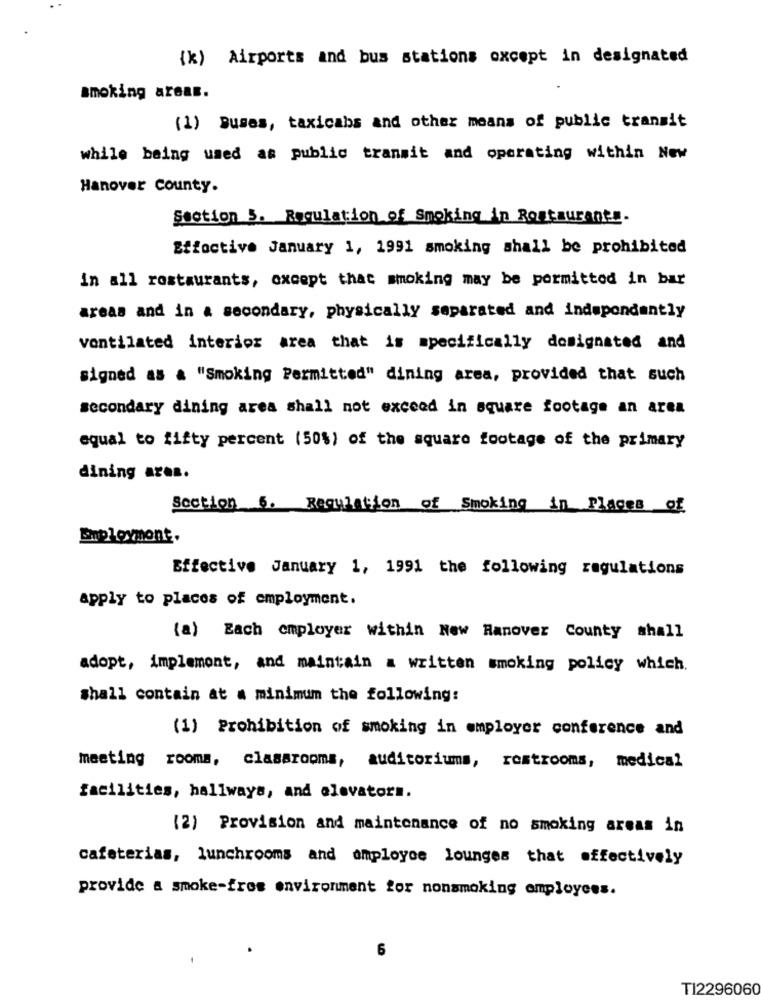
{k) Airports and bus stations oxcept in designated
smoking areas.
(1) Buses, taxicabs and other means of public transit
while being used as public transit and operating within New
Hanover county.
Section 5. Regulation of Smoking in Rostaurants.
Stioctive January 1, 1991 smoking shall be prohibited
in all restaurants, except that smoking may be pormittod in bar
areas and in a secondary, physically separated and independently
ventilated interior area that is specifically designated and
signed as a "Smoking Permitted" dining area, provided that such
secondary dining area shall not exceed in square footage an area
equal to fifty percent (50%) of the square footage of the primary
dining area.
Section 6. Regulation of Smoking in Places of
Eplovmont.
Effective January 1, 1991 the following regulations
apply to places of employment.
(a) Each employer within New Hanover County shall
adopt, implement, and maintain a written smoking policy which.
shall contain at a minimum the following:
(1) Prohibition of smoking in employer conference and
meeting rooms, classrooms, auditoriums, restrooms, medical
facilities, hallways, and elevators.
(2) Provision and maintenance of no smoking areas in
cafeterias, lunchrooms and employee lounges that effectively
provide a smoke-fres environment for nonsmoking employees.
6
TI2296060